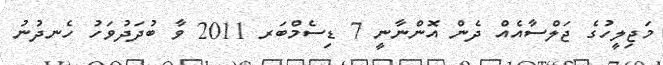
މަޖިލީހުގެ ޖަލްސާއެއް ދެން އޮންނާނީ 7 ޑިސެމްބަރ 2011 ވާ ބުދަދުވަހު ހެނދުނު